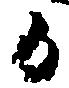
カ